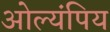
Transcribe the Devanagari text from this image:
ओल्यंपिय